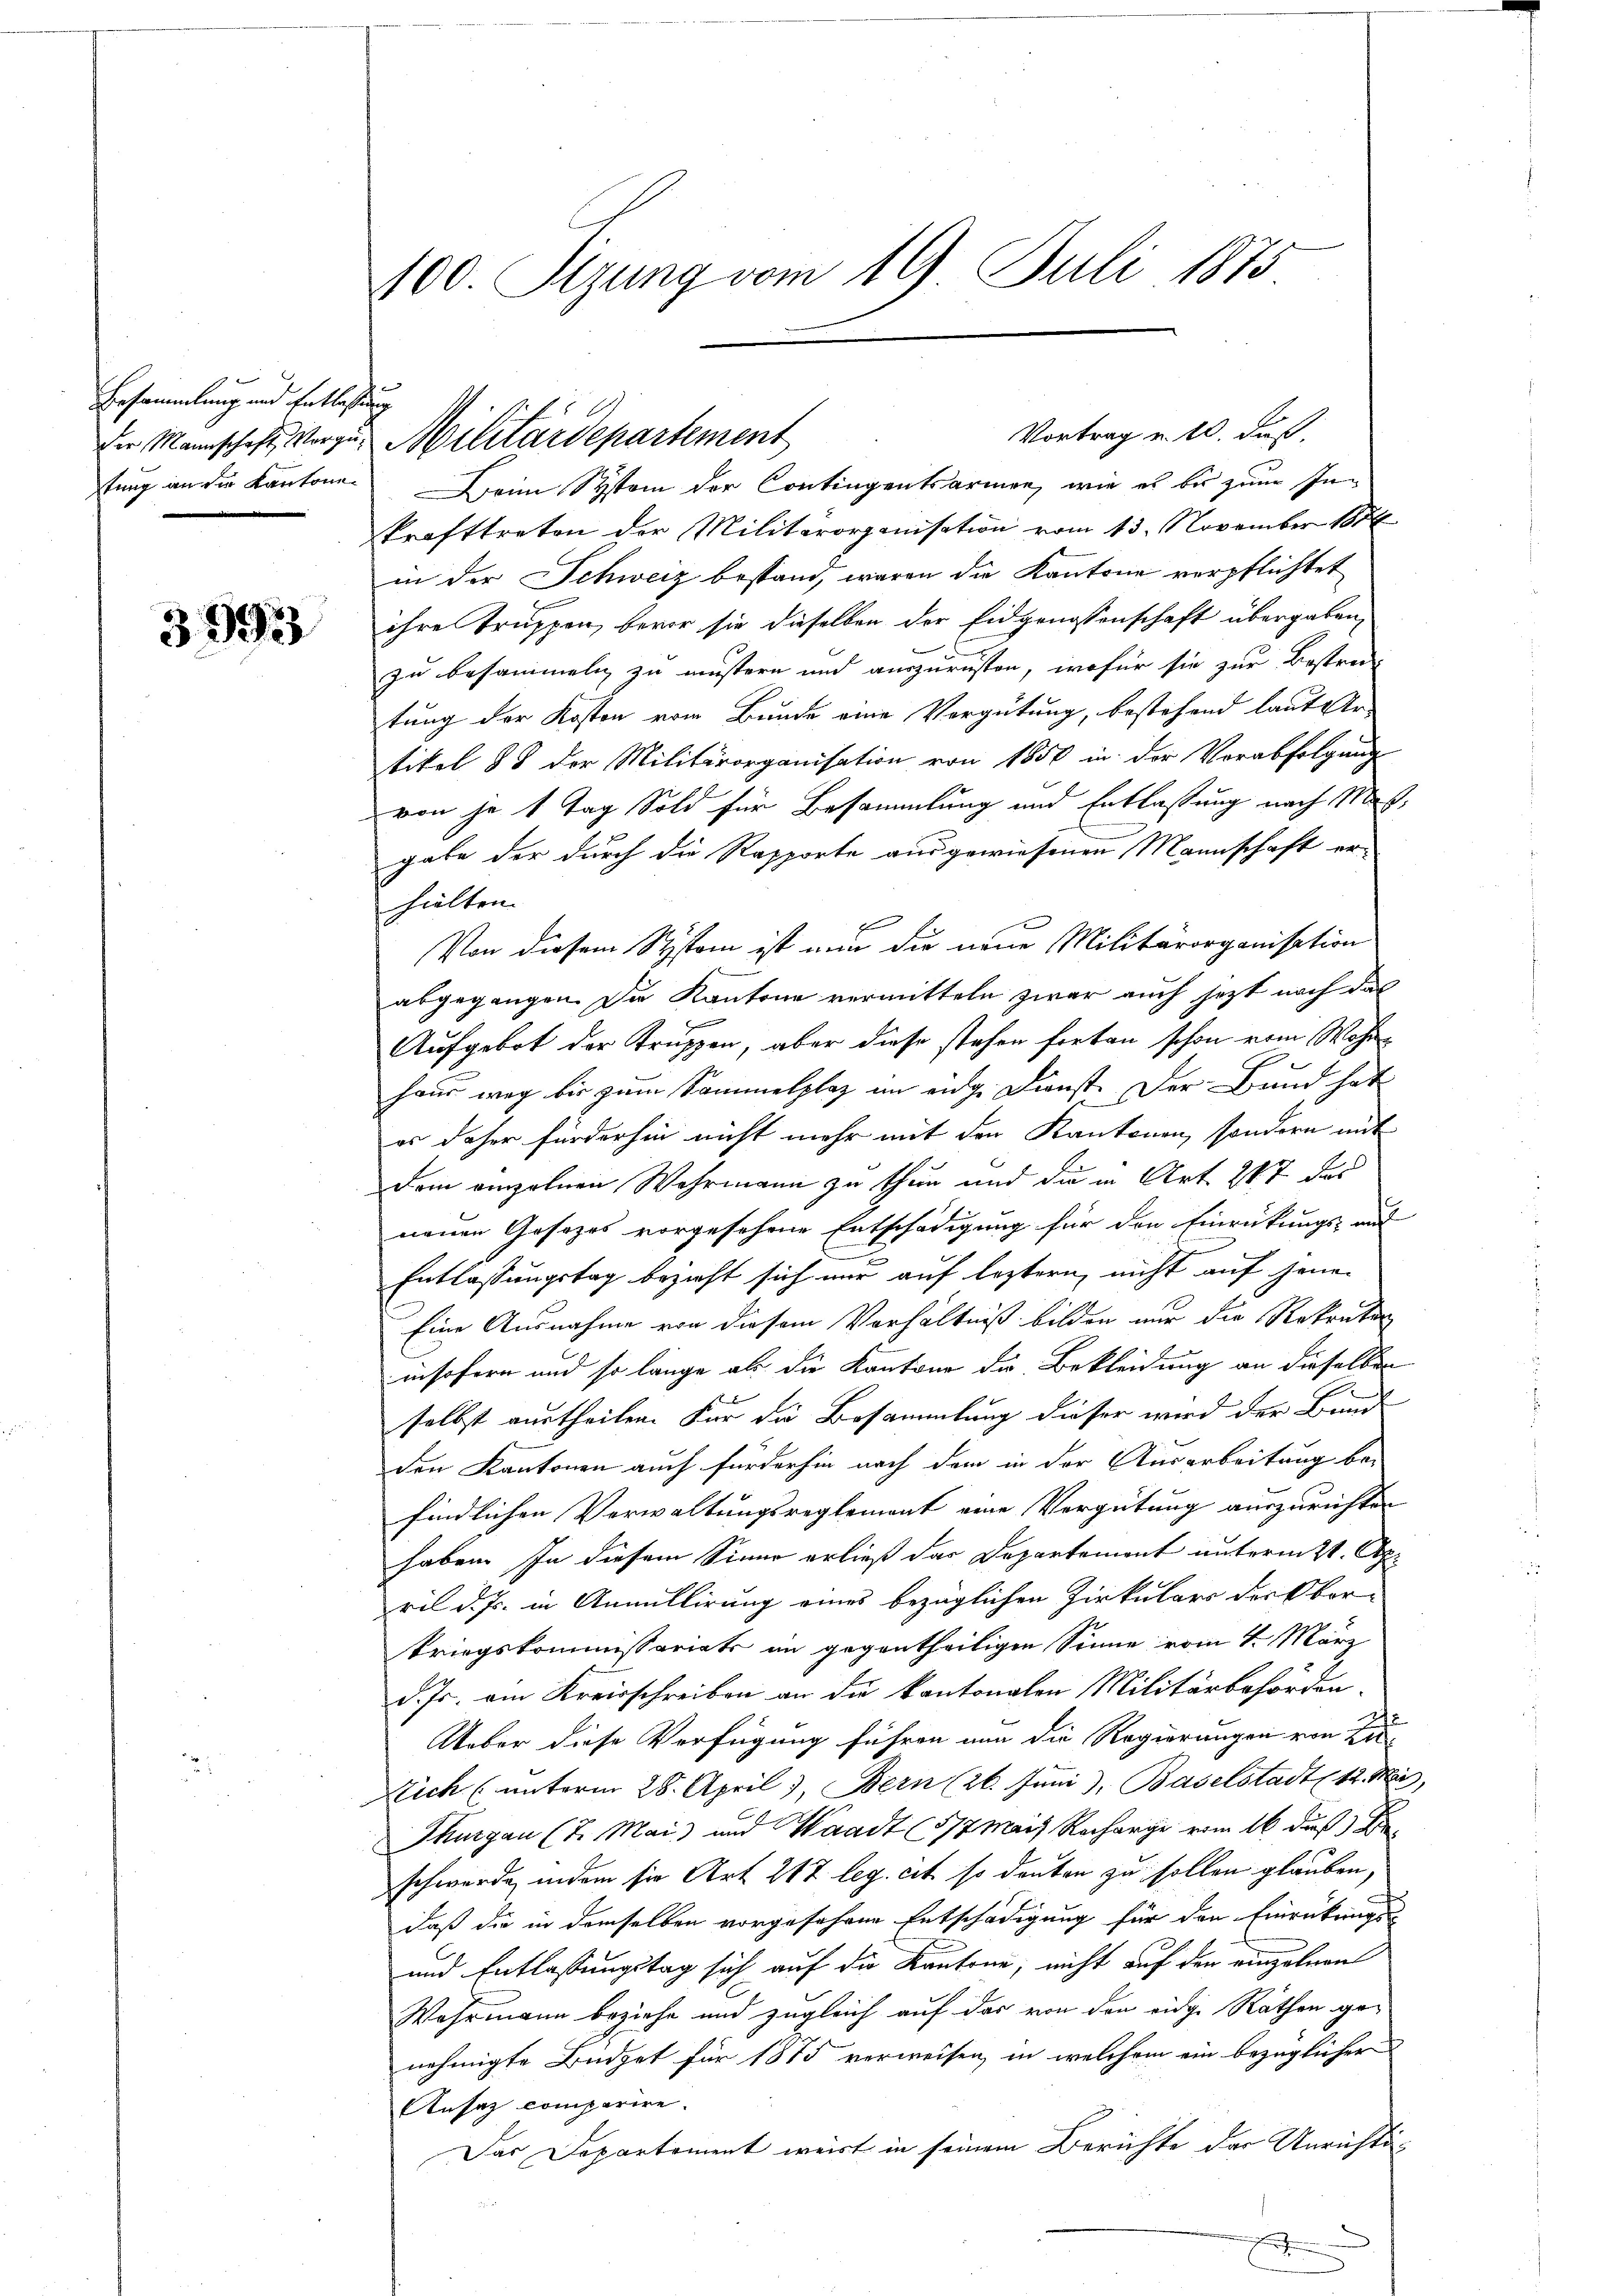
Ersammlung und Entlaßung

3993

100. Sitzung vom 19. Juli 1873

tung an die Kantone. Beim System der Contingentsarmen, wie es bis zum Inkrafttreten der Militärorganisation vom 13. November 1886
in der Schweiz bestand, waren die Kantone verpflichtet
ihre Truppen, bevor sie dieselben der Eidgenossenschaft übergaben,
zu besammeln zu müstern und auszurüsten, wofür sie zur Bestrei-
tung der Kosten vom Bunde eine Vergütung, bestehend laut Ur-
tikel 88 der Militärorganisation von 1850 in der Vorabfolgung
von je 1 Tag Sold für Besammlung und Entlassung nach Mitgabe der durch die Rasporte ausgewiesenen Mannschaft erhilten.
Von diesem System ist nun die neue Militärorganisation
abgegangen. Die Kantone vermitteln zwar auch jezt noch das
Aufgebot der Truppen, aber diese stehen forten schon vom Wohnheur weg bis zum Sammelplaz im eidg. Dienst. Der Bund hat
os daher fürderhin nicht mehr mit den Kantonen, sondern mit
Dem einzelnen Wahrmann zu thun und die in Art. 287 das
neuen Gesezes vorgesehene Entschädigung für den Einrückungs- und
Entlassungstag bezieht sich nur auf leztern, nicht auf jene
Eine Ausnahme von diesem Verhältniß bilden nur die Rekruten
insofern und so lange als die Kantone die Bekleidung an dieselben
selbst austheilen. Für die Besammlung dieser wird der Bund
den Kantonen auch fürderhin nach dem in der Ausarbeitung be-
findlichen Verwaltungsreglement eine Vergütung auszurichten
haben. In diesem Sinne erließ das Departement unterm 21. Apr
ril d. Js. in Annullirung eines bezüglichen Zirkulars der Ober-
kriegskommissariats im gegentheiligen Sinne vom 4. März
d. Js. ein Kreisschreiben an die kantonalen Militärbehörden.
Ueber diese Verfügung führen nun die Regierungen von F
Eich (unterm 28. April 1, Bern (26. Juni, Baselstadt 12. Mai,
Thurgau (2. Mai und Waadt (577 Mai Recharge vom 16. daß Be
schwerde, indem sie Art. 217 leg. cit. so deuten zu sollen glauben,
daß die in demselben vorgefahren Entschädigung für den Einrückungs
und Entlassungstag sich auf die Kantone, nicht auf den einzelnen
Wahrmann beziehe und zugleich auf das von den eidge Räthen genehmigte Büdget für 1875 verweisen, in welchem ein bezüglicher
Ansaz comparire.
Das Departement weist in seinem Berichte der Unrichti-
e

der Mannschaft, vorgen Militärdepartement

Vortrag u. 10. Fuß.